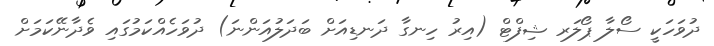
ދުވަހަކީ ސޯލާ ޕޯލަރ ޝިފްޓް (އިރު ހިނގާ ދަނޑިއަށް ބަދަލުއަންނަ) ދުވަހެއްކަމުގައި ވެދާނޭކަމަށް